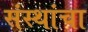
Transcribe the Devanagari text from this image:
संस्‍थांचा